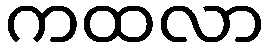
ကထလာ